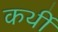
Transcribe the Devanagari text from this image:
कर्थी